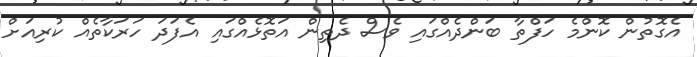
އެގޮތުން ކޮންމެ ހަފްތާ ބަންދެއްގައި ވެސް ދެތިން އަތޮޅެއްގައި އެފަދަ ހަރަކާތެއް ކުރިއަށް